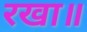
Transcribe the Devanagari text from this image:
रखा॥